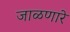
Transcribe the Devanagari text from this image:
जाळणारे